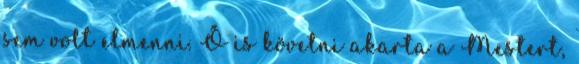
sem volt elmenni. Ő is követni akarta a Mestert,